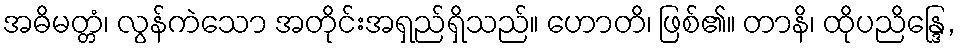
အဓိမတ္တံ၊ လွန်ကဲသော အတိုင်းအရှည်ရှိသည်။ ဟောတိ၊ ဖြစ်၏။ တာနိ၊ ထိုပညိန္ဒြေ,